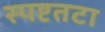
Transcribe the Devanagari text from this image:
स्पष्टतटा